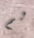
لم